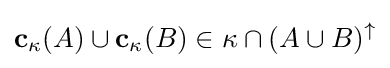
\mathbf {c} _{\kappa }(A)\cup \mathbf {c} _{\kappa }(B)\in \kappa \cap (A\cup B)^{\uparrow }